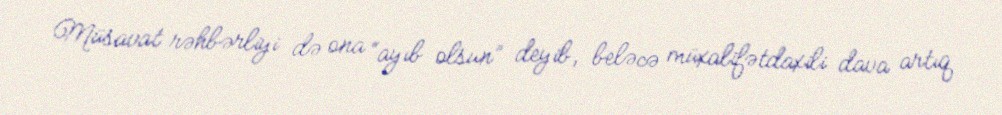
Müsavat rəhbərliyi də ona “ayıb olsun” deyib, beləcə müxalifətdaxili dava artıq